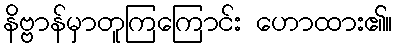
နိဗ္ဗာန်မှာတူကြကြောင်း ဟောထား၏။